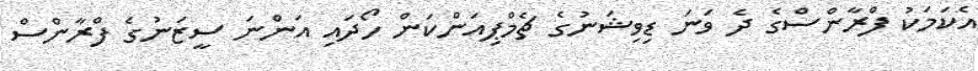
އެކަމަކު ފްރާންސްގެ ދެ ވަނަ ޑިވިޝަނުގެ ޗެމްޕިއަންކަން ހޯދައި އަންނަ ސީޒަނުގެ ފްރާންސް